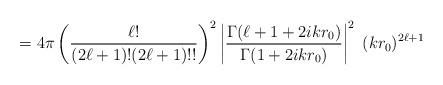
LaTeX: \begin{align*}= 4\pi \left( {\ell !\over (2\ell +1)! (2\ell +1)!!} \right)^2\left| {\Gamma (\ell +1 +2ikr_0) \over \Gamma (1 +2ikr_0)} \right|^2\; (kr_0)^{2\ell +1}\end{align*}